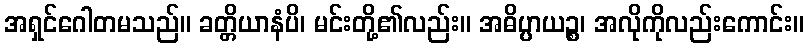
အရှင်ဂေါတမသည်။ ခတ္တိယာနံပိ၊ မင်းတို့၏လည်း။ အဓိပ္ပာယဉ္စ၊ အလိုကိုလည်းကောင်း။